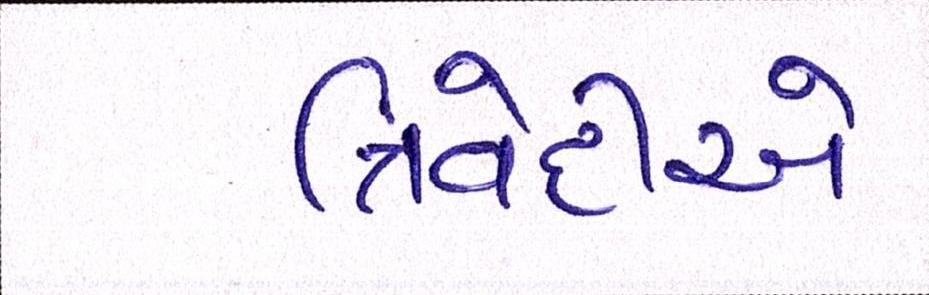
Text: ત્રિવેદીએ